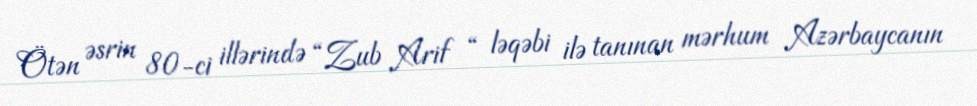
Ötən əsrin 80-ci illərində “Zub Arif “ ləqəbi ilə tanınan mərhum Azərbaycanın